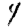
Digit: 4